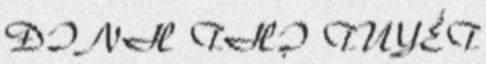
ĐINH THỊ TUYẾT